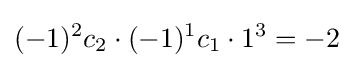
(-1)^{2}c_{2}\cdot (-1)^{1}c_{1}\cdot 1^{3}=-2